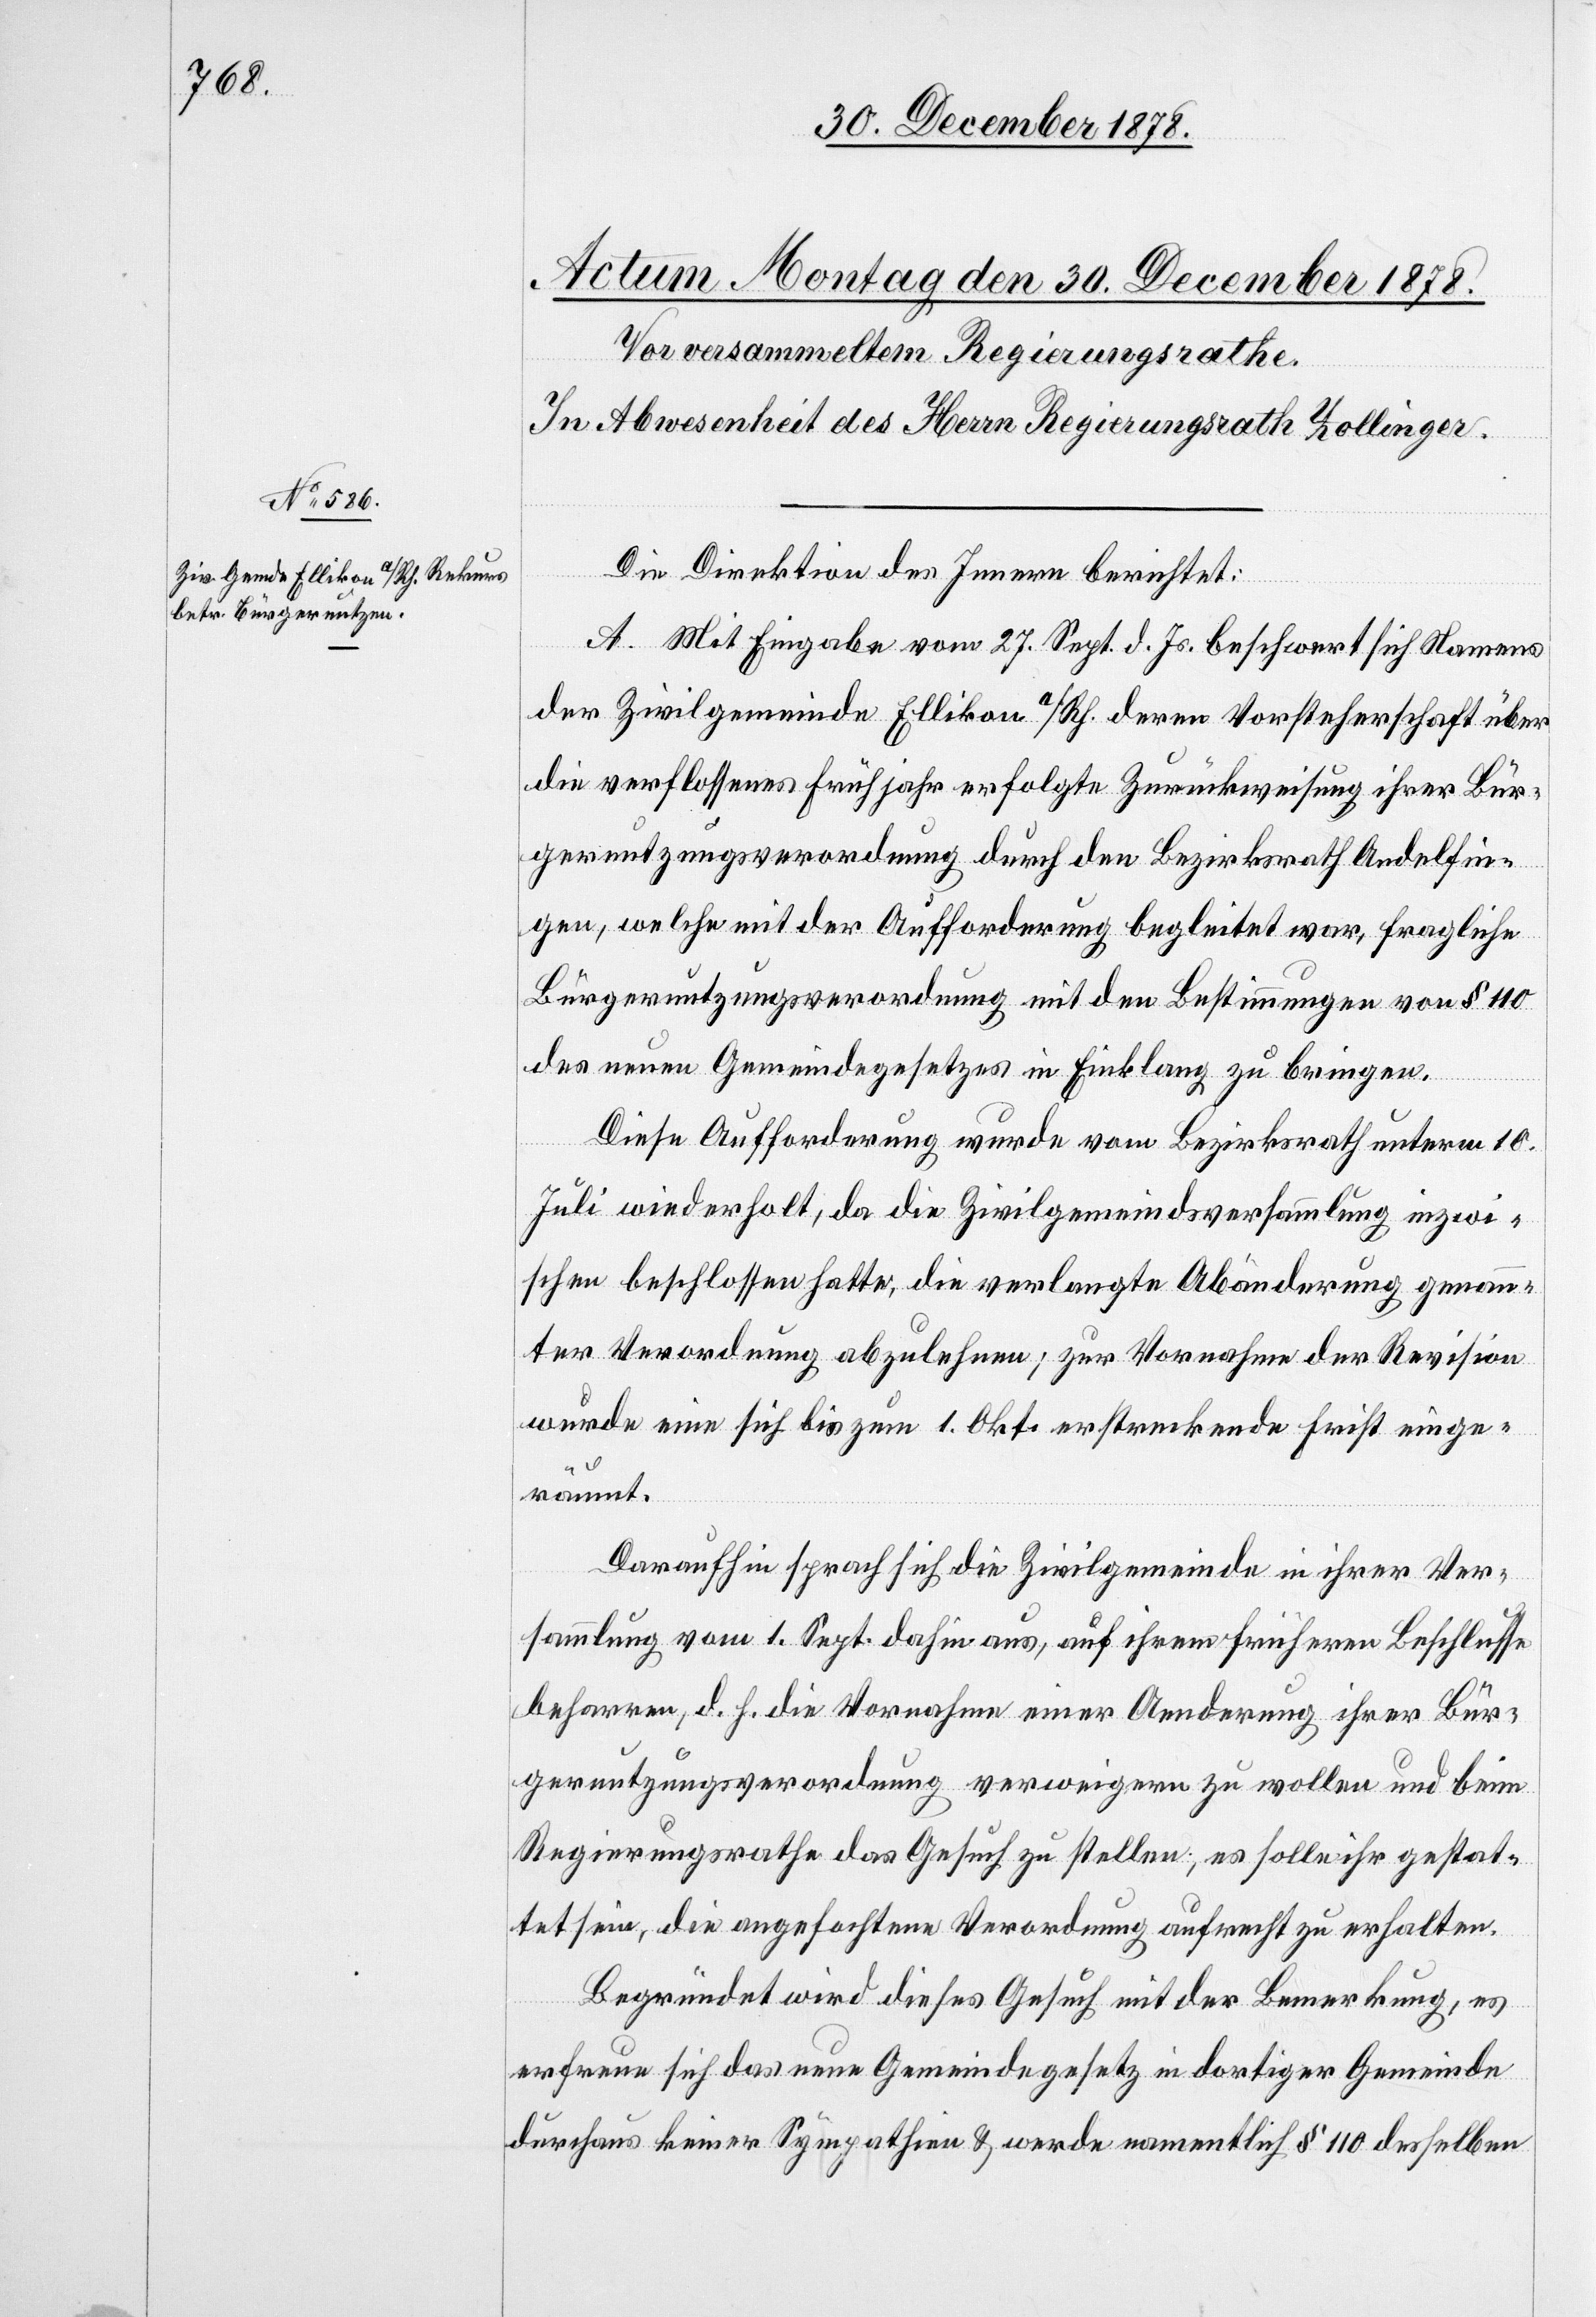
Die Direktion des Innern berichtet:
A. Mit Eingabe vom 27. Sept. d. Js. beschwert sich Namens
der Zivilgemeinde Ellikon a/Rh. deren Vorsteherschaft über
die verflossenes Frühjahr erfolgte Zurückweisung ihrer Bür¬
gernutzungsordnung durch den Bezirksrath Andelfin¬
gen, welche mit der Aufforderung begleitet war, fragliche
Bürgernutzungsverordnung mit den Bestimmungen von § 110
des neuen Gemeindegesetzes in Einklang zu bringen.
Diese Aufforderung wurde vom Bezirksrath unterm 10.
Juli wiederholt, da die Zivilgemeindsversammlung inzwi¬
schen beschlossen hatte, die verlangte Abänderung genann¬
ter Verordnung abzulehnen; zur Vornahme der Revision
wurde eine sich bis zum 1. Okt. erstreckende Frist einge¬
räumt.
Daraufhin sprach sich die Zivilgemeinde in ihrer Ver¬
sammlung vom 1. Sept. dahin aus, auf ihrem frühern Beschlusse
beharren, d. h. die Vornahme einer Aenderung ihrer Bür¬
gernutzungsverordnung verweigern zu wollen und beim
Regierungsrathe das Gesuche zu stellen, es solle ihr gestat¬
tet sein, die angefochtene Verordnung aufrecht zu erhalten.
Begründet wird dieses Gesuch mit der Bemerkung, es
erfreuen sich das neue Gemeindegesetz in dortiger Gemeinde
durchaus keiner Sympathien & werde namentlich § 110 desselben